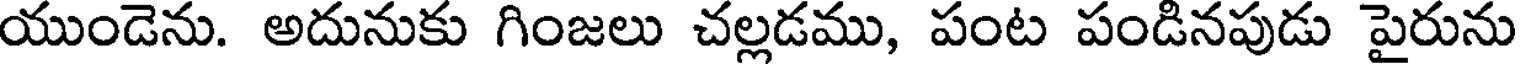
యుండెను. అదునుకు గింజలు చల్లడము, పంట పండినపుడు పైరును